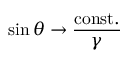
\sin \theta \rightarrow \frac { \mathrm { c o n s t . } } { \gamma }